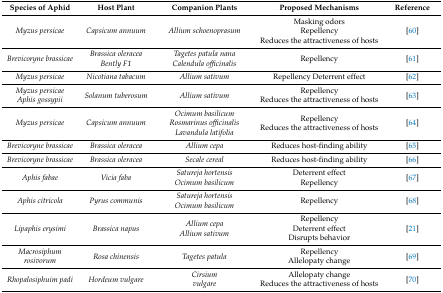
<table><thead><tr><td><b>Species of Aphid</b></td><td><b>Host Plant</b></td><td><b>Companion Plants</b></td><td><b>Proposed Mechanisms</b></td><td><b>Reference</b></td></tr></thead><tbody><tr><td><i>Myzus persicae</i></td><td><i>Capsicum annuum</i></td><td><i>Allium schoenoprasum</i></td><td>Masking odorsRepellencyReduces the attractiveness of hosts</td><td>[60]</td></tr><tr><td><i>Brevicoryne brassicae</i></td><td><i>Brassica oleracea </i><i>Bently F1</i></td><td><i>Tagetes patula nana </i><i>Calendula officinalis</i></td><td>Repellency</td><td>[61]</td></tr><tr><td><i>Myzus persicae</i></td><td><i>Nicotiana tabacum</i></td><td><i>Allium sativum</i></td><td>Repellency Deterrent effect</td><td>[62]</td></tr><tr><td><i>Myzus persicae </i><i>Aphis gossypii</i></td><td><i>Solanum tuberosum</i></td><td><i>Allium sativum</i></td><td>RepellencyReduces the attractiveness of hosts</td><td>[63]</td></tr><tr><td><i>Myzus persicae</i></td><td><i>Capsicum annuum</i></td><td><i>Ocimum basilicum </i><i>Rosmarinus officinalis</i><i>Lavandula latifolia</i></td><td>RepellencyReduces the attractiveness of hosts</td><td>[64]</td></tr><tr><td><i>Brevicoryne brassicae</i></td><td><i>Brassica oleracea</i></td><td><i>Allium cepa</i></td><td>Reduces host-finding ability</td><td>[65]</td></tr><tr><td><i>Brevicoryne brassicae</i></td><td><i>Brassica oleracea</i></td><td><i>Secale cereal</i></td><td>Reduces host-finding ability</td><td>[66]</td></tr><tr><td><i>Aphis fabae</i></td><td><i>Vicia faba</i></td><td><i>Satureja hortensis </i><i>Ocimum basilicum</i></td><td>Deterrent effectRepellency</td><td>[67]</td></tr><tr><td><i>Aphis citricola</i></td><td><i>Pyrus communis</i></td><td><i>Satureja hortensis </i><i>Ocimum basilicum</i></td><td>Repellency </td><td>[68]</td></tr><tr><td><i>Lipaphis erysimi</i></td><td><i>Brassica napus</i></td><td><i>Allium cepa </i><i>Allium sativum</i></td><td>RepellencyDeterrent effectDisrupts behavior</td><td>[21]</td></tr><tr><td><i>Macrosiphum rosivorum</i></td><td><i>Rosa chinensis</i></td><td><i>Tagetes patula</i></td><td>RepellencyAllelopaty change</td><td>[69]</td></tr><tr><td><i>Rhopalosiphuim padi</i></td><td><i>Hordeum vulgare</i></td><td><i>Cirsium</i><i> vulgare</i></td><td>Allelopaty changeReduces the attractiveness of hosts</td><td>[70]</td></tr></tbody></table>